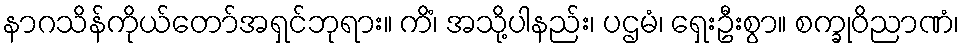
နာဂသိန်ကိုယ်တော်အရှင်ဘုရား။ ကိံ၊ အသို့ပါနည်း၊ ပဌမံ၊ ရှေးဦးစွာ။ စက္ခုဝိညာဏံ၊